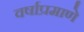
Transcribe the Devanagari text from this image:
वर्षाप्रमाणे